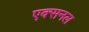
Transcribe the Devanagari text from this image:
एक्सनल